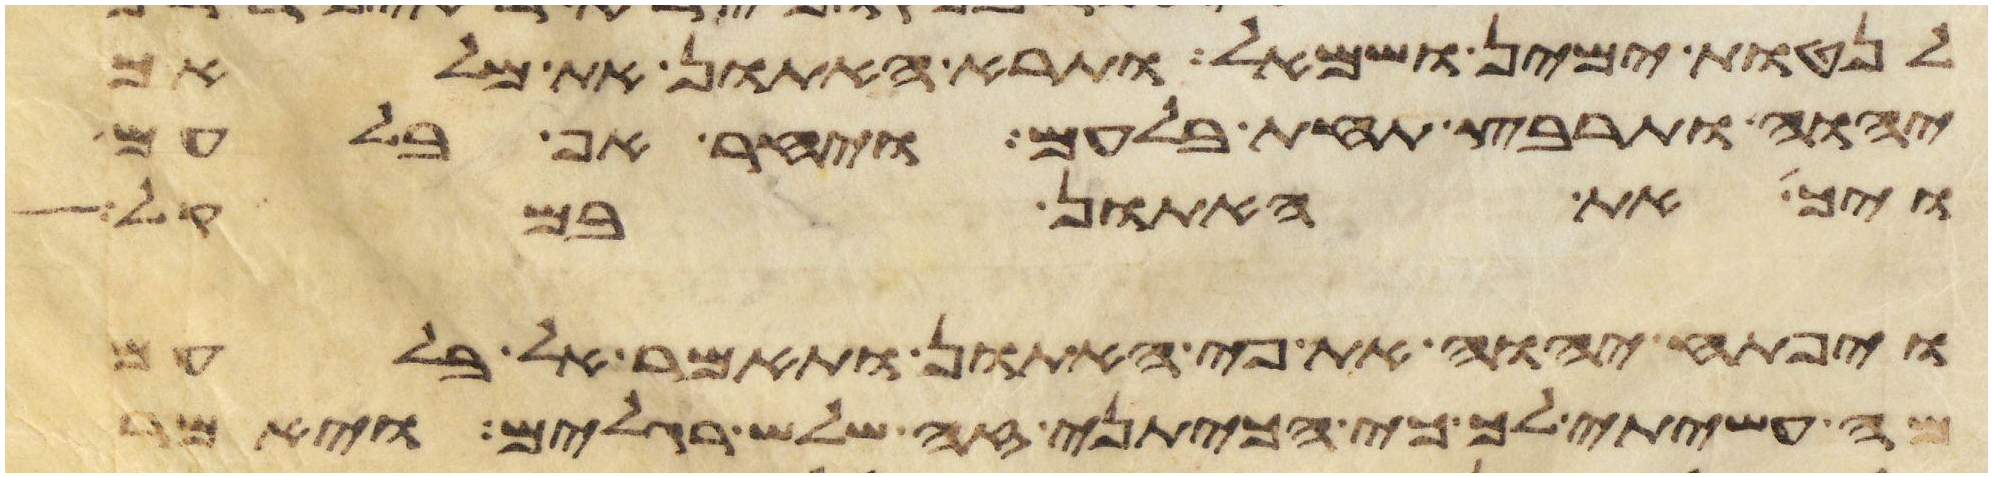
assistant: לנטות ימין ושמאל ותרא האתון את מלאך
יהוה ותרבץ תחת בלעם ויחר אף בלעם
ויך את האתון במקל
ויפתח יהוה את פי האתון ותאמר אל בלעם
מה עשיתי לך כי הכיתני זה שלש רגלים ויאמר